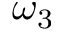
\omega _ { 3 }